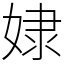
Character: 𡝯